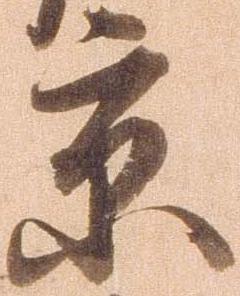
京